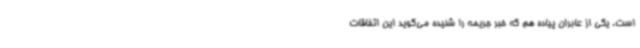
است. یکی از عابران پیاده هم که خبر جریمه را شنیده می‌گوید این اتفاقات